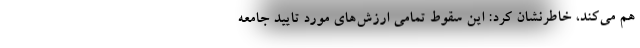
هم می‌کند، خاطرنشان کرد: این سقوط تمامی ارزش‌های مورد تایید جامعه